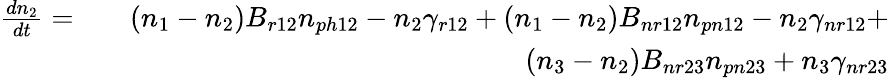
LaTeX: \begin{array}{rlr}{\frac{dn_{2}}{dt}=}&{}&{(n_{1}-n_{2})B_{r12}n_{ph12}-n_{2}\gamma_{r12}+(n_{1}-n_{2})B_{nr12}n_{pn12}-n_{2}\gamma_{nr12}+}\\ &{}&{(n_{3}-n_{2})B_{nr23}n_{pn23}+n_{3}\gamma_{nr23}}\end{array}